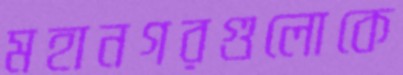
মহানগরগুলোকে